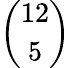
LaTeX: \binom{12}{5}